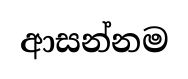
ආසන්නම